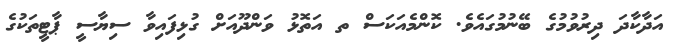
އަދާކާދަ ދިރުވުމުގެ ބޭނުމުގައެވެ. ކޮންމެއަކަސް ތ އަތޮޅު ވަންދޫއަށް ގުޅިފައިވާ ސިޔާސީ ޕާޓީތަކުގެ